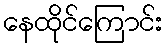
နေထိုင်ကြောင်း